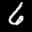
Label: 6